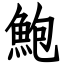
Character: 鮑